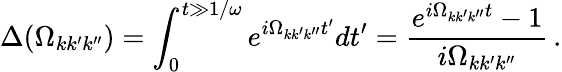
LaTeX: \Delta(\Omega_{kk^{\prime}k^{\prime\prime}})=\int_{0}^{t\gg 1/\omega}e^{i\Omega_{kk^{\prime}k^{\prime\prime}}t^{\prime}}dt^{\prime}={\frac{e^{i\Omega_{kk^{\prime}k^{\prime\prime}}t}-1}{i\Omega_{kk^{\prime}k^{\prime\prime}}}}\, .